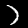
Digit: 7